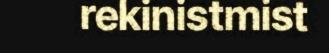
rekinistmist